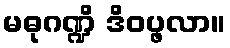
မဓုဂဏ္ဍိ ဒိဝပ္ဖလာ။